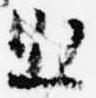
出